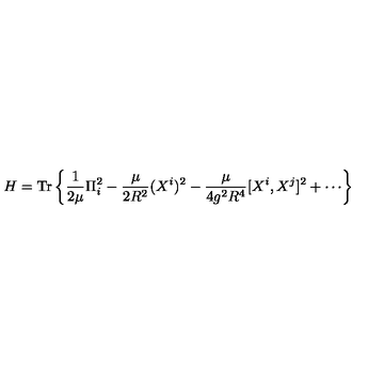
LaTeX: H = \mathrm { T r } \left\{ \frac { 1 } { 2 \mu } \Pi _ { i } ^ { 2 } - \frac { \mu } { 2 R ^ { 2 } } ( X ^ { i } ) ^ { 2 } - \frac { \mu } { 4 g ^ { 2 } R ^ { 4 } } [ X ^ { i } , X ^ { j } ] ^ { 2 } + \cdots \right\}